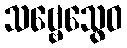
သဗ္ဗေသွေဝ